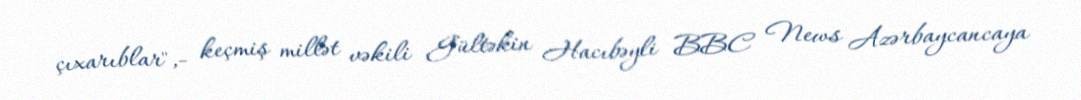
çıxarıblar",- keçmiş millət vəkili Gültəkin Hacıbəyli BBC News Azərbaycancaya